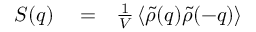
\begin{array} { r l r } { S ( q ) } & { { } = } & { \frac { 1 } { V } \left\langle \tilde { \rho } ( q ) \tilde { \rho } ( - q ) \right\rangle } \end{array}